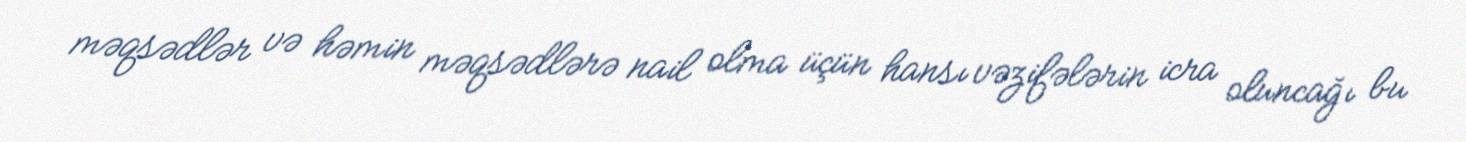
məqsədlər və həmin məqsədlərə nail olma üçün hansı vəzifələrin icra oluncağı bu